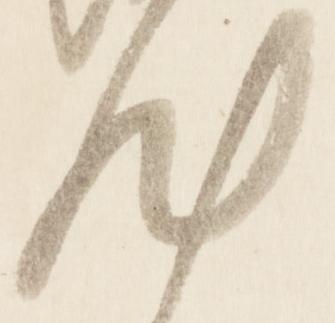
汰